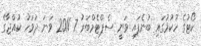
ކޯޓުގެ ހުކުމުގައި ބުނެފައި ވަނީ ސެޕްޓެމްބަރު 7 2011 ވަނަ ދުވަހު ކުއްޖާގެ